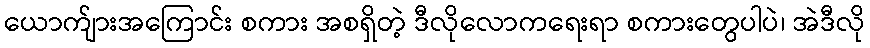
ယောက်ျားအကြောင်း စကား အစရှိတဲ့ ဒီလိုလောကရေးရာ စကားတွေပါပဲ၊ အဲဒီလို